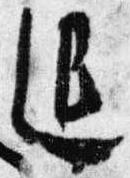
退